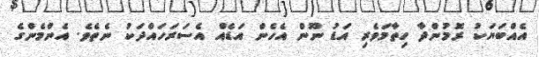
އެއްބަޔަކު ރޮމުންދާ ހިތާމަވެރި އަޑު ނޫން އެހެން އަޑެއް އެސަރަހައްދަކު ނެތެވެ. އެންމެންގެ